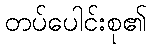
တပ်ပေါင်းစု၏